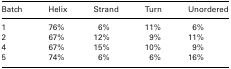
| Batch | Helix | Strand | Turn | Unordered |
 | --- | --- | --- | --- | --- |
 | 1 | 76% | 6% | 11% | 6% |
 | 2 | 67% | 12% | 9% | 11% |
 | 4 | 67% | 15% | 10% | 9% |
 | 5 | 74% | 6% | 6% | 16% |